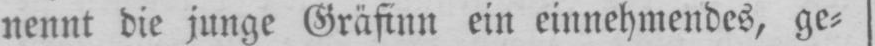
nennt die junge Gräfinn ein einnehmendes, ge⸗